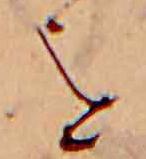
を